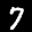
Label: 7